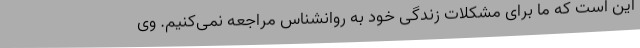
این است که ما برای مشکلات زندگی خود به روانشناس مراجعه نمی‌کنیم. وی